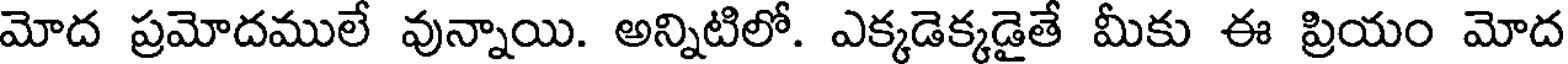
మోద ప్రమోదములే వున్నాయి. అన్నిటిలో. ఎక్కడెక్కడైతే మీకు ఈ ప్రియం మోద